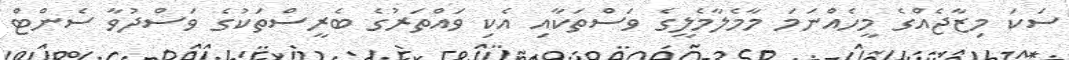
ސަކަ މިޒާޖެއްގެ މީހެއްނަމަ މާމެލާމެލީގެ ވަސްތަކާއި އެކި ވައްތަރުގެ ބެރީސްތަކުގެ ވަސްދުވާ ސެންޓް